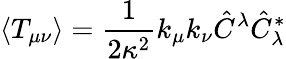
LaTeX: \langle T_{\mu\nu}\rangle=\frac{1}{2\kappa^{2}}k_{\mu}k_{\nu}\hat{C}^{\lambda}\hat{C}_{\lambda}^{*}